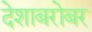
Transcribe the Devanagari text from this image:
देशाबरोबर